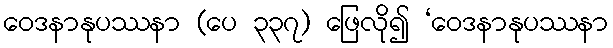
ဝေဒနာနုပဿနာ (ပေ ၃၃၇) ဖြေလို၍ ‘ဝေဒနာနုပဿနာ